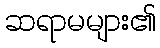
ဆရာမများ၏